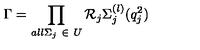
\Gamma = \prod _ { a l l \Sigma _ { j } \ \in \ U } \mathcal { R } _ { j } \Sigma _ { j } ^ { ( l ) } ( q _ { j } ^ { 2 } )